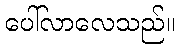
ပေါ်လာလေသည်။